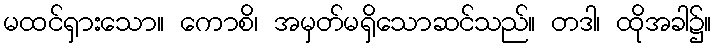
မထင်ရှားသော။ ကောစိ၊ အမှတ်မရှိသောဆင်သည်။ တဒါ၊ ထိုအခါ၌။